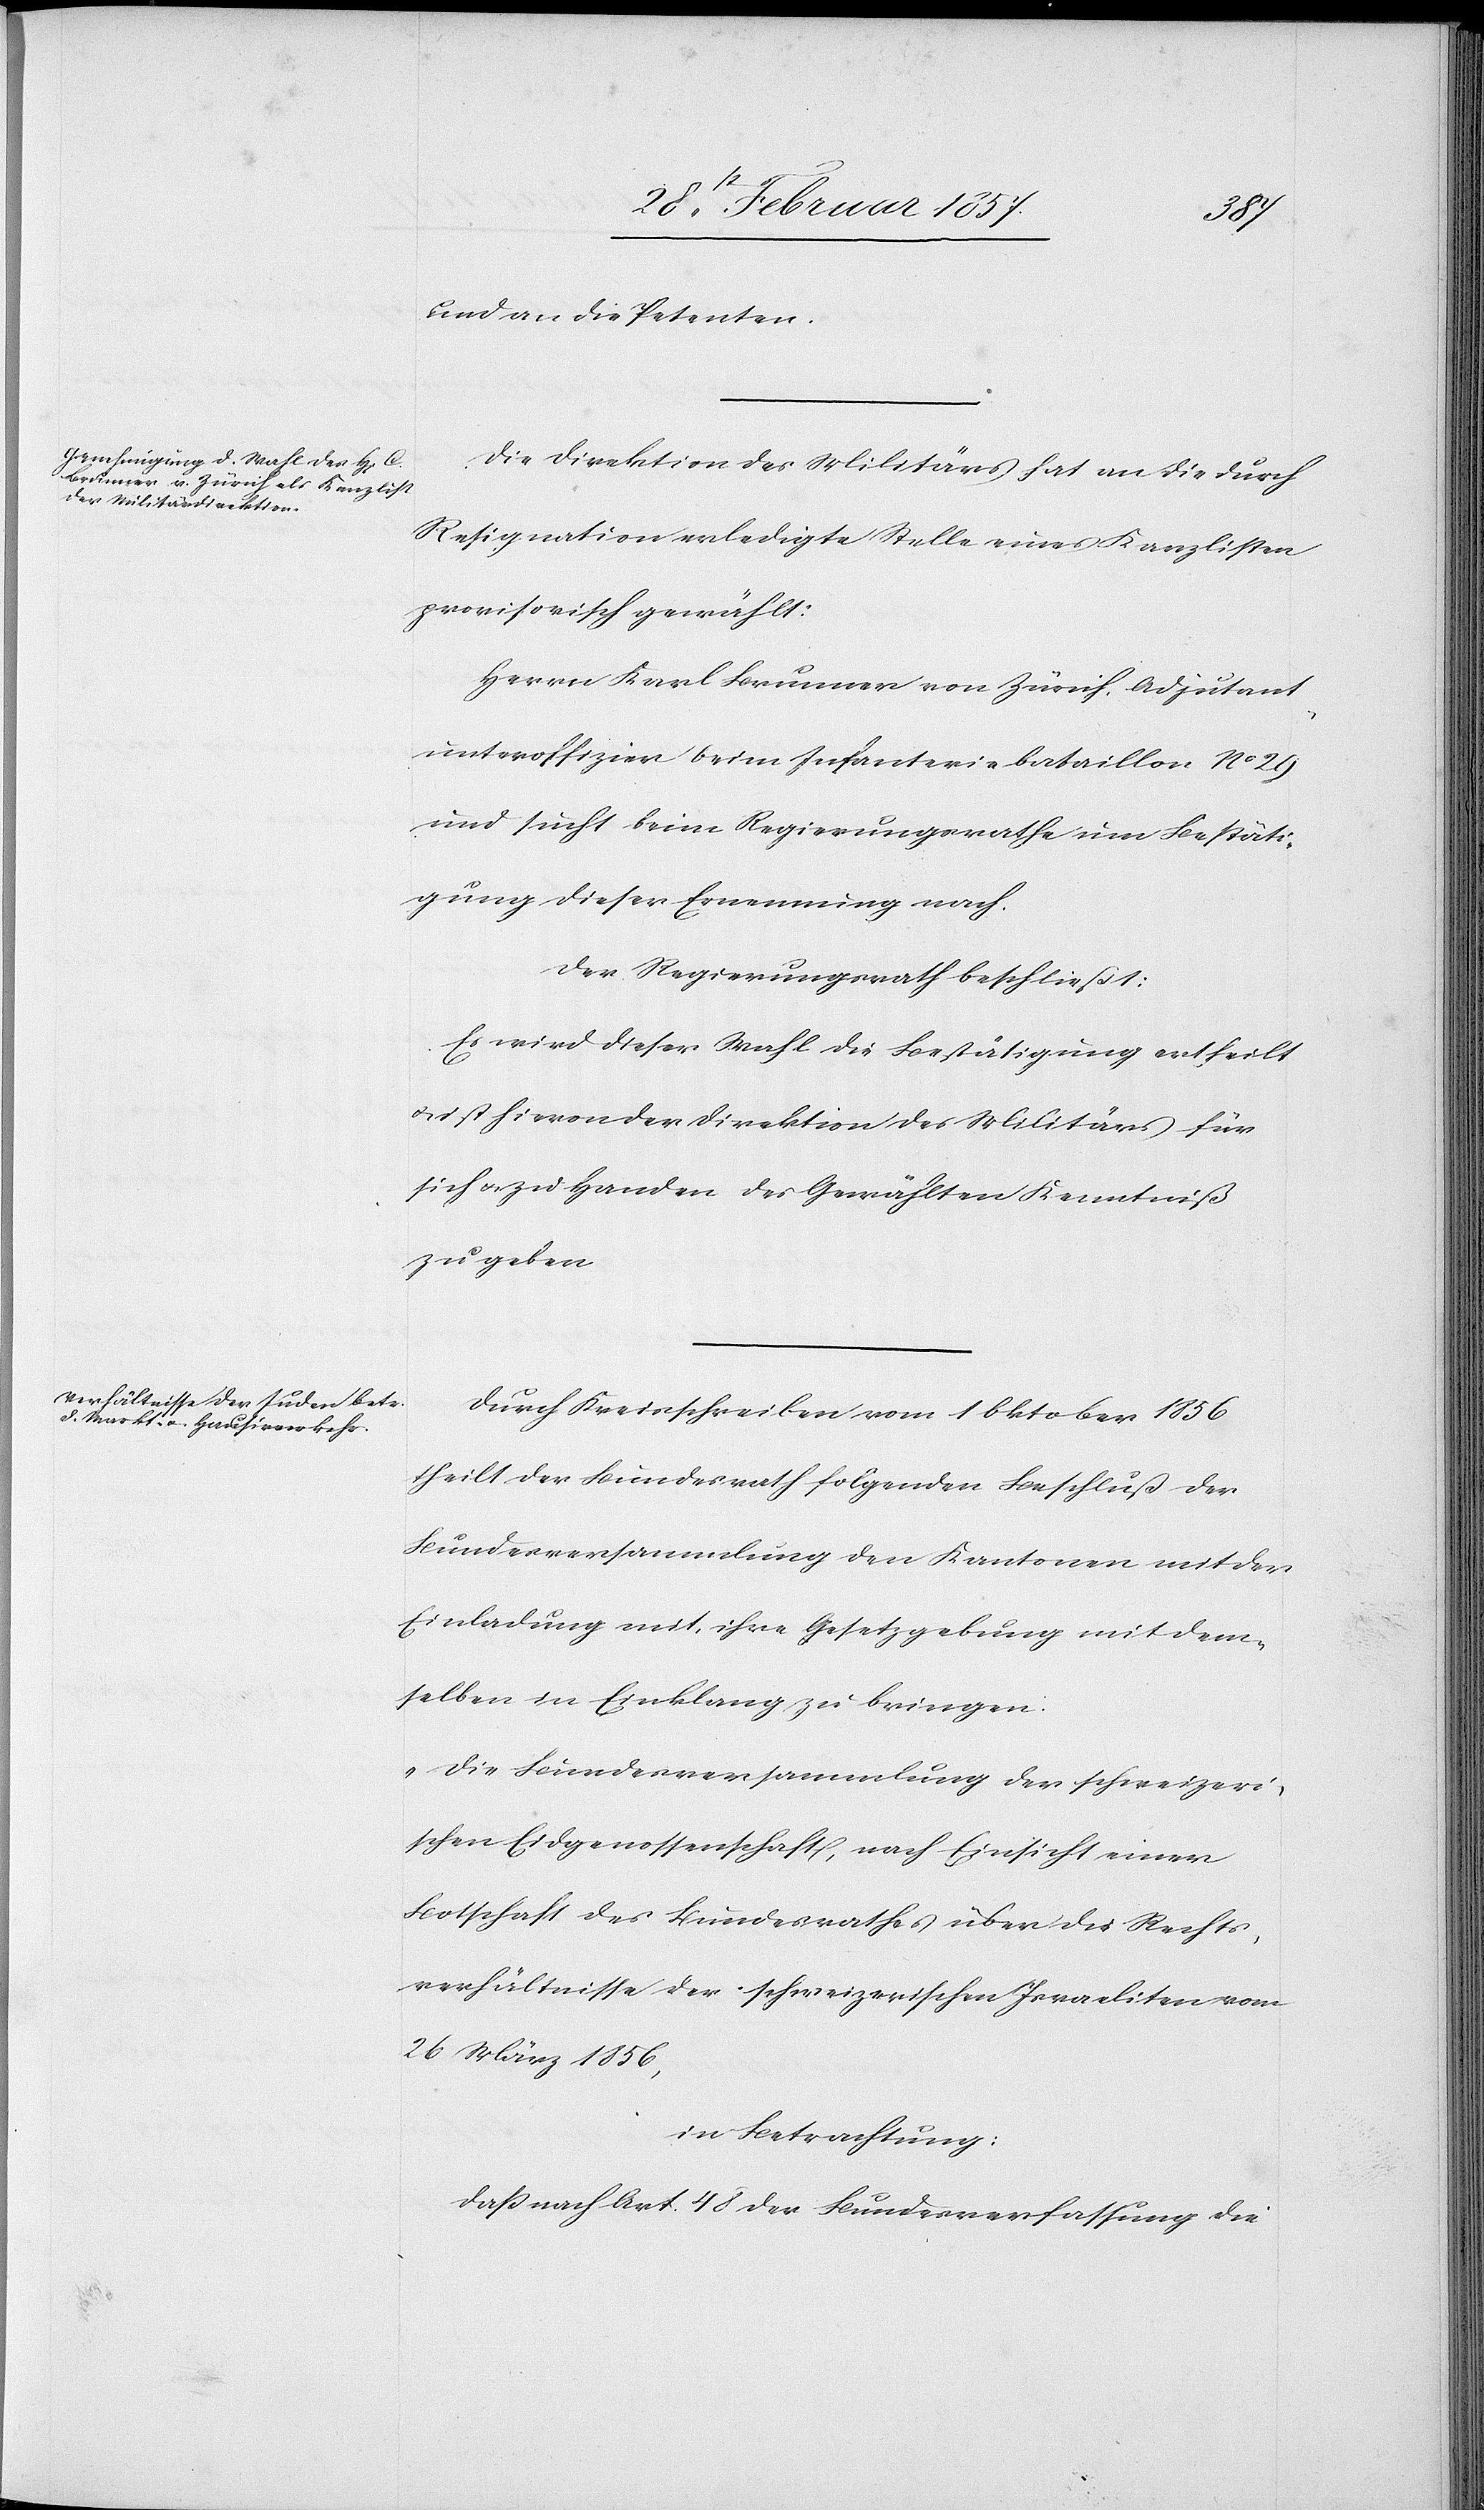
und an die Petenten.
Die Direktion des Militärs hat an die durch
Resignation erledigte Stelle eines Kanzlisten
provisorisch gewählt:
Herrn Karl Brunner von Zürich, Adjutant¬
unteroffizier beim Infanteriebataillon No 29
und sucht beim Regierungsrathe um Bestäti¬
gung dieser Ernennung nach.
Der Regierungsrath beschließt:
Es wird dieser Wahl die Bestätigung ertheilt
u. ist hievon der Direktion des Militärs für
sich u. zu Handen des Gewählten Kenntniß
zu geben.
Durch Kreisschreiben vom 1 Oktober 1856
theilt der Bundesrath folgenden Beschluß der
Bundesversammlung den Kantonen mit der
Einladung mit, ihre Gesetzgebung mit dem¬
selben in Einklang zu bringen.
„Die Bundesversammlung der schweizeri¬
schen Eidgenossenschaft, nach Einsicht einer
Botschaft des Bundesrathes über die Rechts¬
verhältnisse der schweizerischen Israeliten vom
26 März 1856,
in Betrachtung:
daß nach Art. 48 der Bundesverfassung die